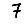
Digit: 7